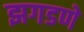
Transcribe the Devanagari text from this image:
झगडणे